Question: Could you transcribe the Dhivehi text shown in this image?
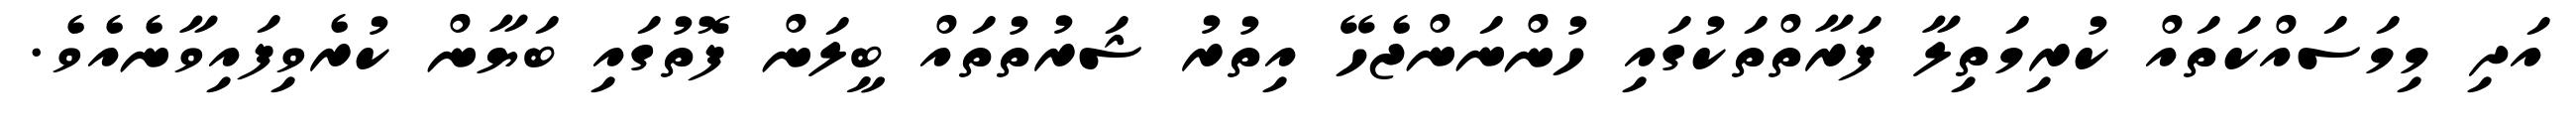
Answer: އަދި މިމަސައްކަތައް ކުރިމަތިލާ ފަރާތްތަކުގައި ހުންނަންޖެހޭ އިތުރު ޝަރުތުތައް ބީލަން ފޮތުގައި ބަޔާން ކުރެވިފައިވާނެއެވެ.